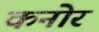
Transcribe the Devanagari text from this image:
कनोर